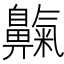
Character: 𪖴